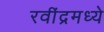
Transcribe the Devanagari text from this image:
रवींद्रमध्ये